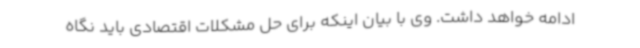
ادامه خواهد داشت. وی با بیان اینکه برای حل مشکلات اقتصادی باید نگاه